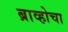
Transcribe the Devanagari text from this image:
ब्राव्होचा